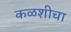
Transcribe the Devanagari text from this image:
कळशीचा